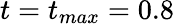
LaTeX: t=t_{max}=0.8